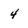
Character: 4